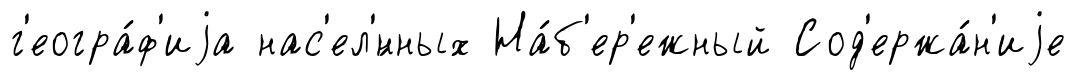
г'еогра́ф'иjа нас'ел'́нных На́б'ер'ежный Сод'ержа́н'иjе